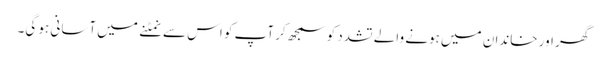
گھر اور خاندان میں ہونے والے تشدد کو سمجھ کر آپ کو اس سے نمٹنے میں آسانی ہو گی۔